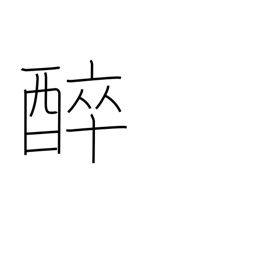
Meaning: get drunk